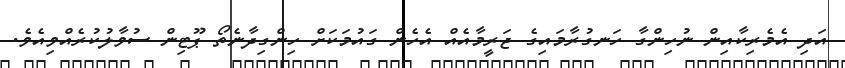
އަދި އެމެރިކާއިން ނުހިންގާ ހަނގުރާމައިގެ ޖަރީމާއެއް އެހެން ގައުމަކަށް ހިންގިދާނެތޯ ޕޫޓިން ސުވާލުކުރެއްވިއެވެ.